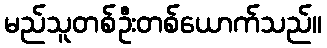
မည်သူတစ်ဦးတစ်ယောက်သည်။